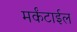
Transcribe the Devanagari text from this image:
मर्कंटाईल